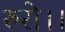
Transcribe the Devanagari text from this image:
रुरो।।